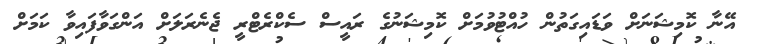
އޭނާ ކޮމިޝަނަށް ވަޑައިގަތުން ހުއްޓުވުމަށް ކޮމިޝަނުގެ ރައީސް ސެކްރެޓްރީ ޖެނެރަލަށް އަންގަވާފައިވާ ކަމަށް